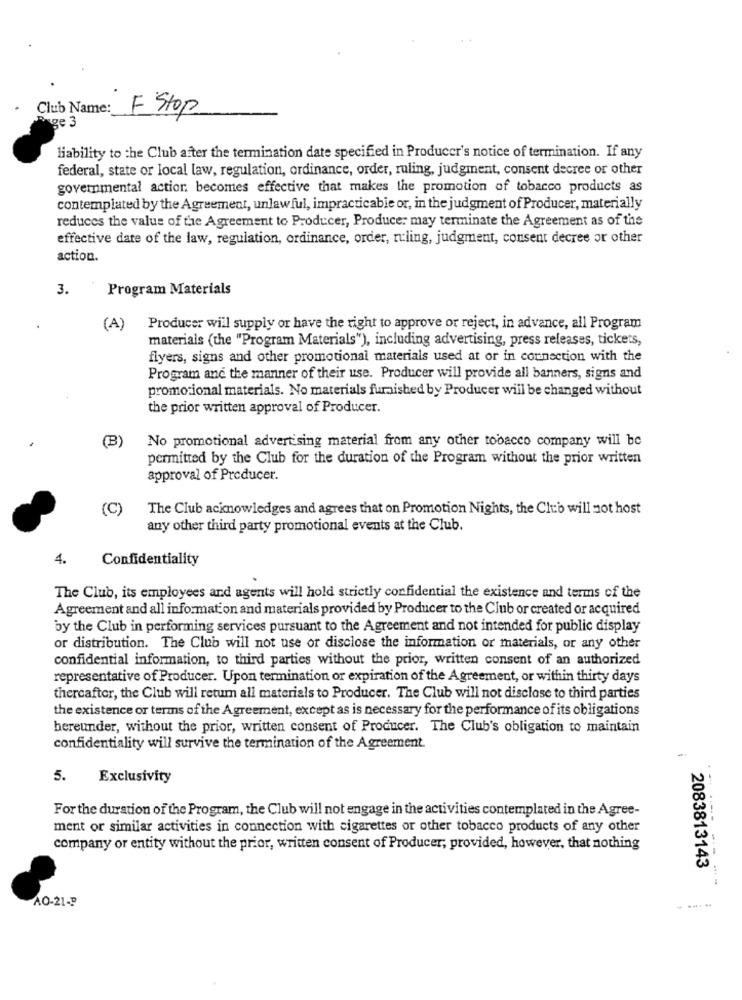
Club Name:
F Stop
ge 3
liability to the Club after the termination date specified in Producer's notice of termination. If any
federal, state or local law, regulation, ordinance, order, ruling, judgment, consent decree or other
governmental action becomes effective that makes the promotion of tobacco products as
contemplated by the Agreement, unlaw ful, impracticable or, in the judgment of Producer, materially
reduces the value of the Agreement to Producer, Produce: may terminate the Agreement as of the
effective date of the law, regulation, ordinance, order, ruling, judgment, consent decree or other
action.
3.
Program Materials
(A) Producer will supply or have the right to approve or reject, in advance, all Program
materials (the "Program Materials"), including advertising, press releases, tickets,
flyers, signs and other promotional materials used at or in connection with the
Program ane the manner of their use. Producer will provide all banners, signs and
promotional materials. No materials furnished by Producer will be changed without
the prior written approval of Producer.
No promotional advertising material from any other tobacco company will be
permitted by the Club for the duration of the Program without the prior written
approval of Producer.
(C)
The Club acknowledges and agrees that on Promotion Nights, the Club will not host
any other third party promotional events at the Club.
4.
Confidentiality
The Club, its employees and agents will hold strictly confidential the existence and terms of the
Agreement and all information and materials provided by Producer to the Club or created or acquired
by the Club in performing services pursuant to the Agreement and not intended for public display
or distribution. The Club will not use or disclose the information or materials, or any other
confidential information, to third parties without the prior, written consent of an authorized
representative of Producer. Upon termination or expiration of the Agreement, or within thirty days
thereafter, the Club will return all materials to Producer. The Club will not disclose to third parties
the existence or terms of the Agreement, except as is necessary for the performance of its obligations
hereunder, without the prior, written consent of Producer. The Club's obligation to maintain
confidentiality will survive the termination of the Agreement.
5.
Exclusivity
For the duration of the Program, the Club will not engage in the activities contemplated in the Agree-
ment or similar activities in connection with cigarettes or other tobacco products of any other
company or entity without the prior, written consent of Producer, provided, however, that nothing
2083813143
AO-21-P